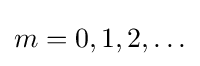
m=0,1,2,\ldots